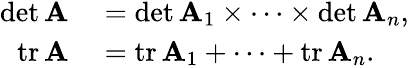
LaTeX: \begin{array}{rl}{\operatorname*{det}\mathbf{A}}&{{}=\operatorname*{det}\mathbf{A}_{1}\times\cdots\times\operatorname*{det}\mathbf{A}_{n},}\\ {\operatorname{tr}\mathbf{A}}&{{}=\operatorname{tr}\mathbf{A}_{1}+\cdots+\operatorname{tr}\mathbf{A}_{n}.}\end{array}